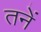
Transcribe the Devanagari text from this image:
तनें